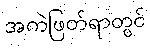
အကဲဖြတ်ရာတွင်